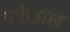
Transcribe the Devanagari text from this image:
सोकाल